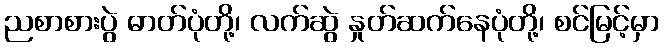
ညစာစားပွဲ ဓာတ်ပုံတို့၊ လက်ဆွဲ နှုတ်ဆက်နေပုံတို့၊ စင်မြင့်မှာ